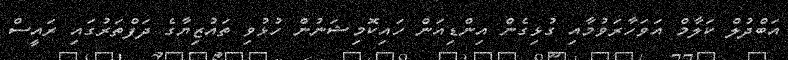
އަބްދުލް ކަލާމް އަވަހާރަވުމާއި ގުޅިގެން އިންޑިއަން ހައިކޮމިޝަނުން ހުޅުވި ތައުޒިޔާގެ ދަފްތަރުގައި ރައީސް